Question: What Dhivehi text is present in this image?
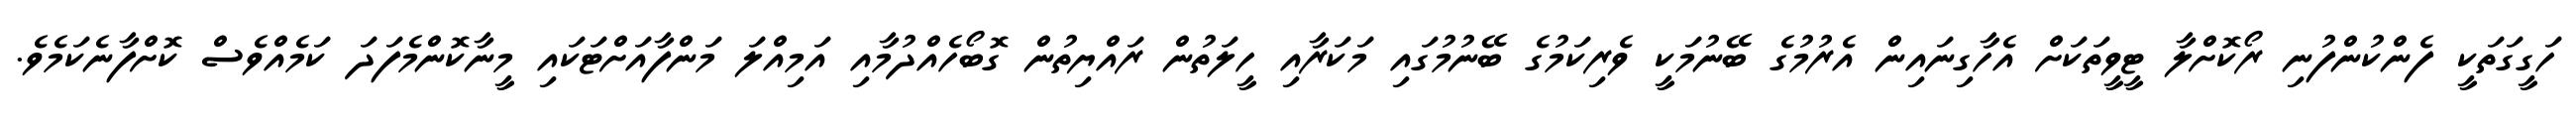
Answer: ހަގީގަތަކީ ފެންކުންފުނި ރޯކޮށްލާ ޓީވީތަކަށް އެހާގިނައިން އެރުމުގެ ބޭނުމަކީ ވެރިކަމުގެ ބޭނުމުގައި މަކަރާއި ހީލަތުން ރައްޔިތުން ގޮބޯހެއްދުމާއި އަމިއްލަ މަންފާއަށްޓަކައި މީނާކޮންމެފަދަ ކަމެއްވެސް ކޮށްފާނެކަމެވެ.